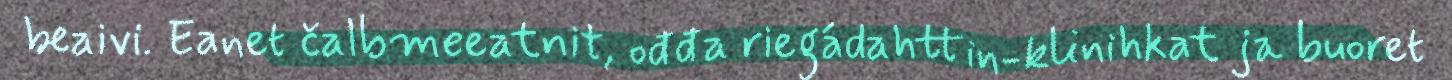
beaivi. Eanet čalbmeeatnit, ođđa riegádahttin-klinihkat ja buoret